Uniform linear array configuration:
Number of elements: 4
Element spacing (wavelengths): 0.25
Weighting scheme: uniform
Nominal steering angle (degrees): -60
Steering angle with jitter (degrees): -60.621
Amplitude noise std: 0.05
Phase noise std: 0.05

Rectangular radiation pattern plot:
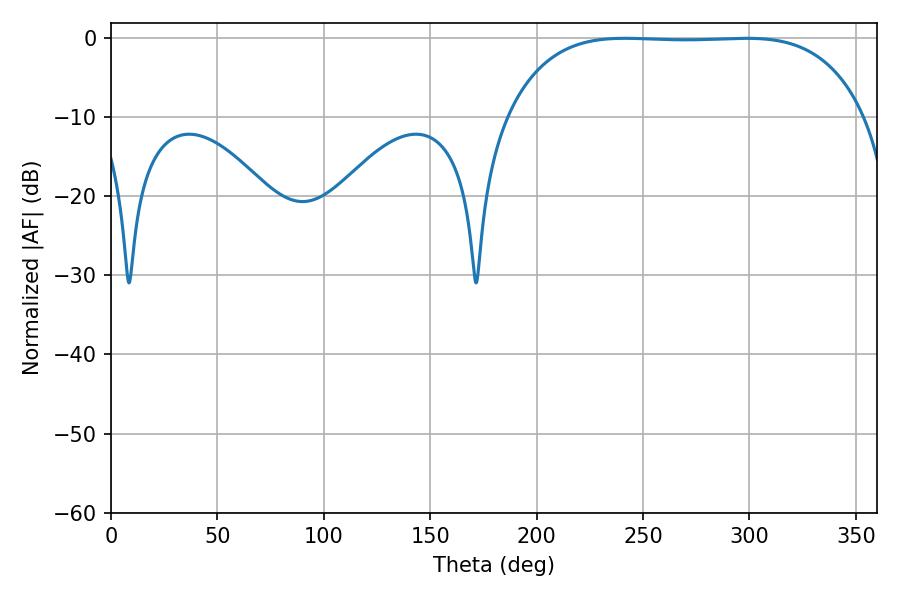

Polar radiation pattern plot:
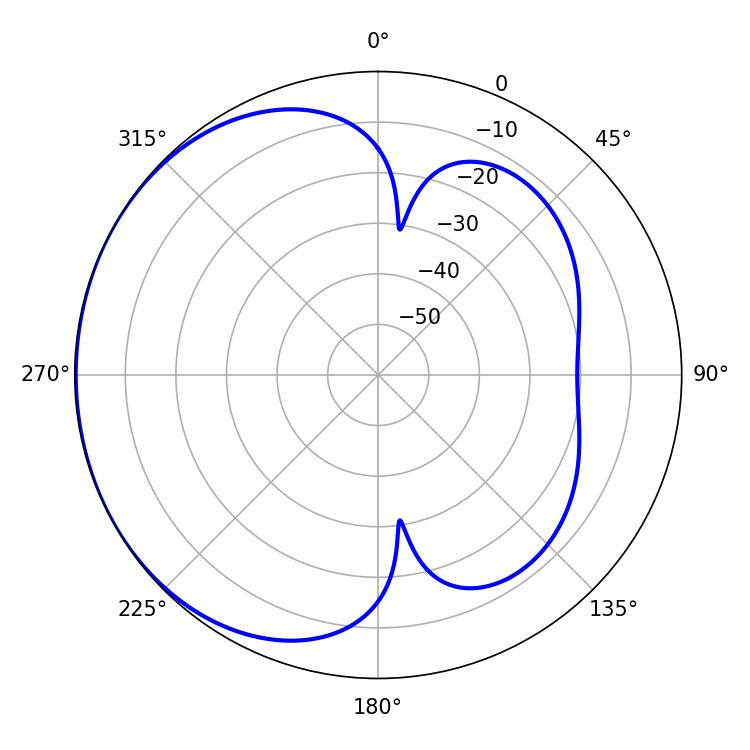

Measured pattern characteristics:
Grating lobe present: FALSE
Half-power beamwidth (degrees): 130.68
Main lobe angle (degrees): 241.56